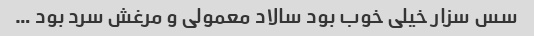
سس سزار خیلی خوب بود سالاد معمولی و مرغش سرد بود …